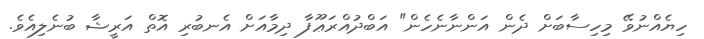
ހިޔެއްނުވޭ މިހިސާބަށް ދެން އަންނާނެހެން" އަބްދުއްރަޢޫފާ ދިމާއަށް އެނބުރި އޮތް އަރީޝާ ބުނެލިއެވެ.